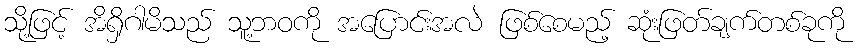
သို့ဖြင့် အိရှိဂါမိသည် သူ့ဘဝကို အပြောင်းအလဲ ဖြစ်စေမည့် ဆုံးဖြတ်ချက်တစ်ခုကို